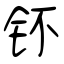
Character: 钚